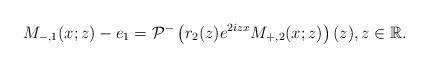
LaTeX: \begin{align*}M_{-,1}(x;z)-e_1=\mathcal{P}^-\left(r_2(z) e^{2iz x}M_{+,2}(x;z)\right)(z), z \in \mathbb{R}.\end{align*}